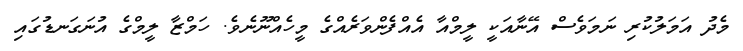
މެދު އަމަލުކުރި ނަމަވެސް އޭނާއަކީ ލީމްއާ އެއްފެންވަރެއްގެ މީހެއްނޫނެވެ. ހަމްޒާ ލީމްގެ އުނަގަނޑުގައި